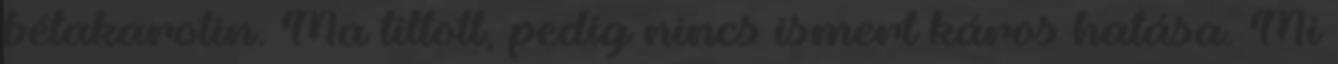
bétakarotin. Ma tiltott, pedig nincs ismert káros hatása. Mi